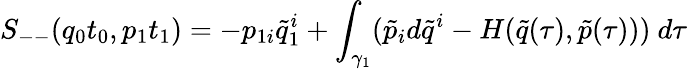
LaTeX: S_{--}(q_{0}t_{0},p_{1}t_{1})=-p_{1i}\tilde{q}_{1}^{i}+\int_{\gamma_{1}}(\tilde{p}_{i}d\tilde{q}^{i}-H(\tilde{q}(\tau),\tilde{p}(\tau)))\ d\tau